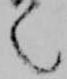
之